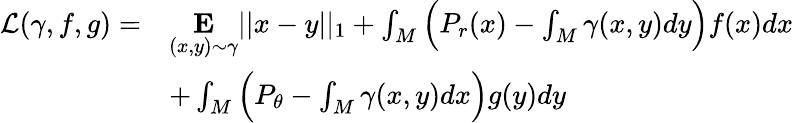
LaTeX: \begin{array}{rl}{\mathcal{L}(\gamma,f,g)=}&{\underset{(x,y)\sim\gamma}{\mathbf{E}}||x-y||_{1}+\int_{M}\Big(P_{r}(x)-\int_{M}\gamma(x,y)dy\Big)f(x)dx}\\ &{+\int_{M}\Big(P_{\theta}-\int_{M}\gamma(x,y)dx\Big)g(y)dy}\end{array}